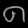
Digit: ၈